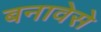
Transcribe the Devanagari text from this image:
बनावेसे